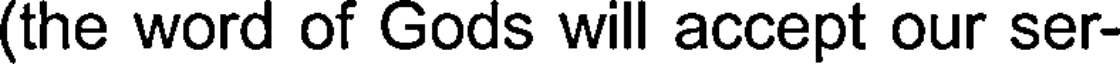
(the word of Gods will accept our ser-